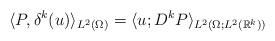
LaTeX: \begin{align*}\langle P,\delta^k(u)\rangle_{L^2(\Omega)} = \langle u;D^kP\rangle_{L^2(\Omega;L^2(\mathbb{R}^k))}\end{align*}